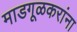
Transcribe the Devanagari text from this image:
माडगूळकरांना